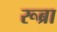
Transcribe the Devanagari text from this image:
रूब्रा